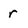
Character: r